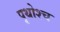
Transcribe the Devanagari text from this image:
पृथोश्च